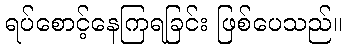
ရပ်စောင့်နေကြရခြင်း ဖြစ်ပေသည်။